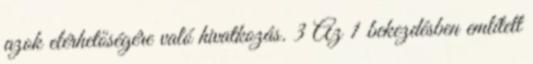
azok elérhetőségére való hivatkozás. 3 Az 1 bekezdésben említett